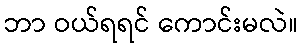
ဘာ ဝယ်ရရင် ကောင်းမလဲ။